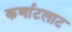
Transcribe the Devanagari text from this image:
कर्णाटलाट